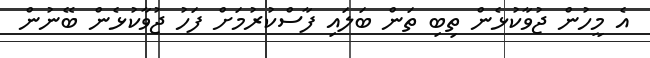
އެ މީހުން ޖުވާކުޅެން ތިބި ތަން ބަލައި ފާސްކުރުމަށް ފަހު ޖުވާކުޅެން ބޭނުން